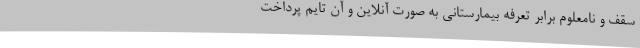
سقف و نامعلوم برابر تعرفه بیمارستانی به صورت آنلاین و آن تایم پرداخت